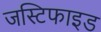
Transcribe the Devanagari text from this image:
जस्टिफाइड